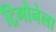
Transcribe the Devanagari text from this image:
ट्रिगोनेला